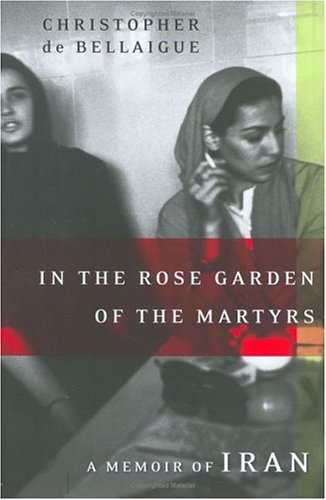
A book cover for In the Rose Garden of the Martyrs : A Memoir of Iran; Christopher de Bellaigue; Travel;